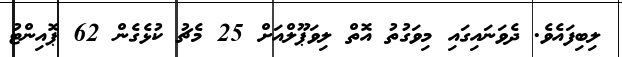
ލިބިފައެވެ. ދެވަނައިގައި މިވަގުތު އޮތް ލިވަޕޫލްއަށް 25 މެޗު ކުޅެގެން 62 ޕޮއިންޓު